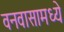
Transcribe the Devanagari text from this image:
वनवासामध्ये